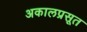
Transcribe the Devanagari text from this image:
अकालप्रसूत